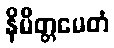
နိမိတ္တမေတံ